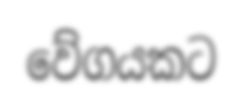
වේගයකට